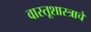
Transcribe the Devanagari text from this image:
वास्तूशास्त्राचे